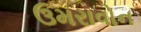
ઉમરાવોન